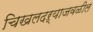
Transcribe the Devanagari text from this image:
चिखलदऱ्याजवळील